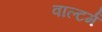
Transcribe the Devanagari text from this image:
वाल्टर्म